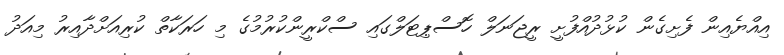
އިއްޔެއިން ފެށިގެން ކުޅުދުއްފުށީ ރީޖަނަލް ހޮސްޕިޓަލްގައި ސްކްރީންކުރުމުގެ މި ހަރަކާތް ކުރިއަށްދާއިރު މިއަދު